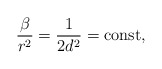
\begin{align*}\frac{ \beta }{ r^2 } = \frac 1{ 2 d^2 } = \mbox{const} ,\end{align*}